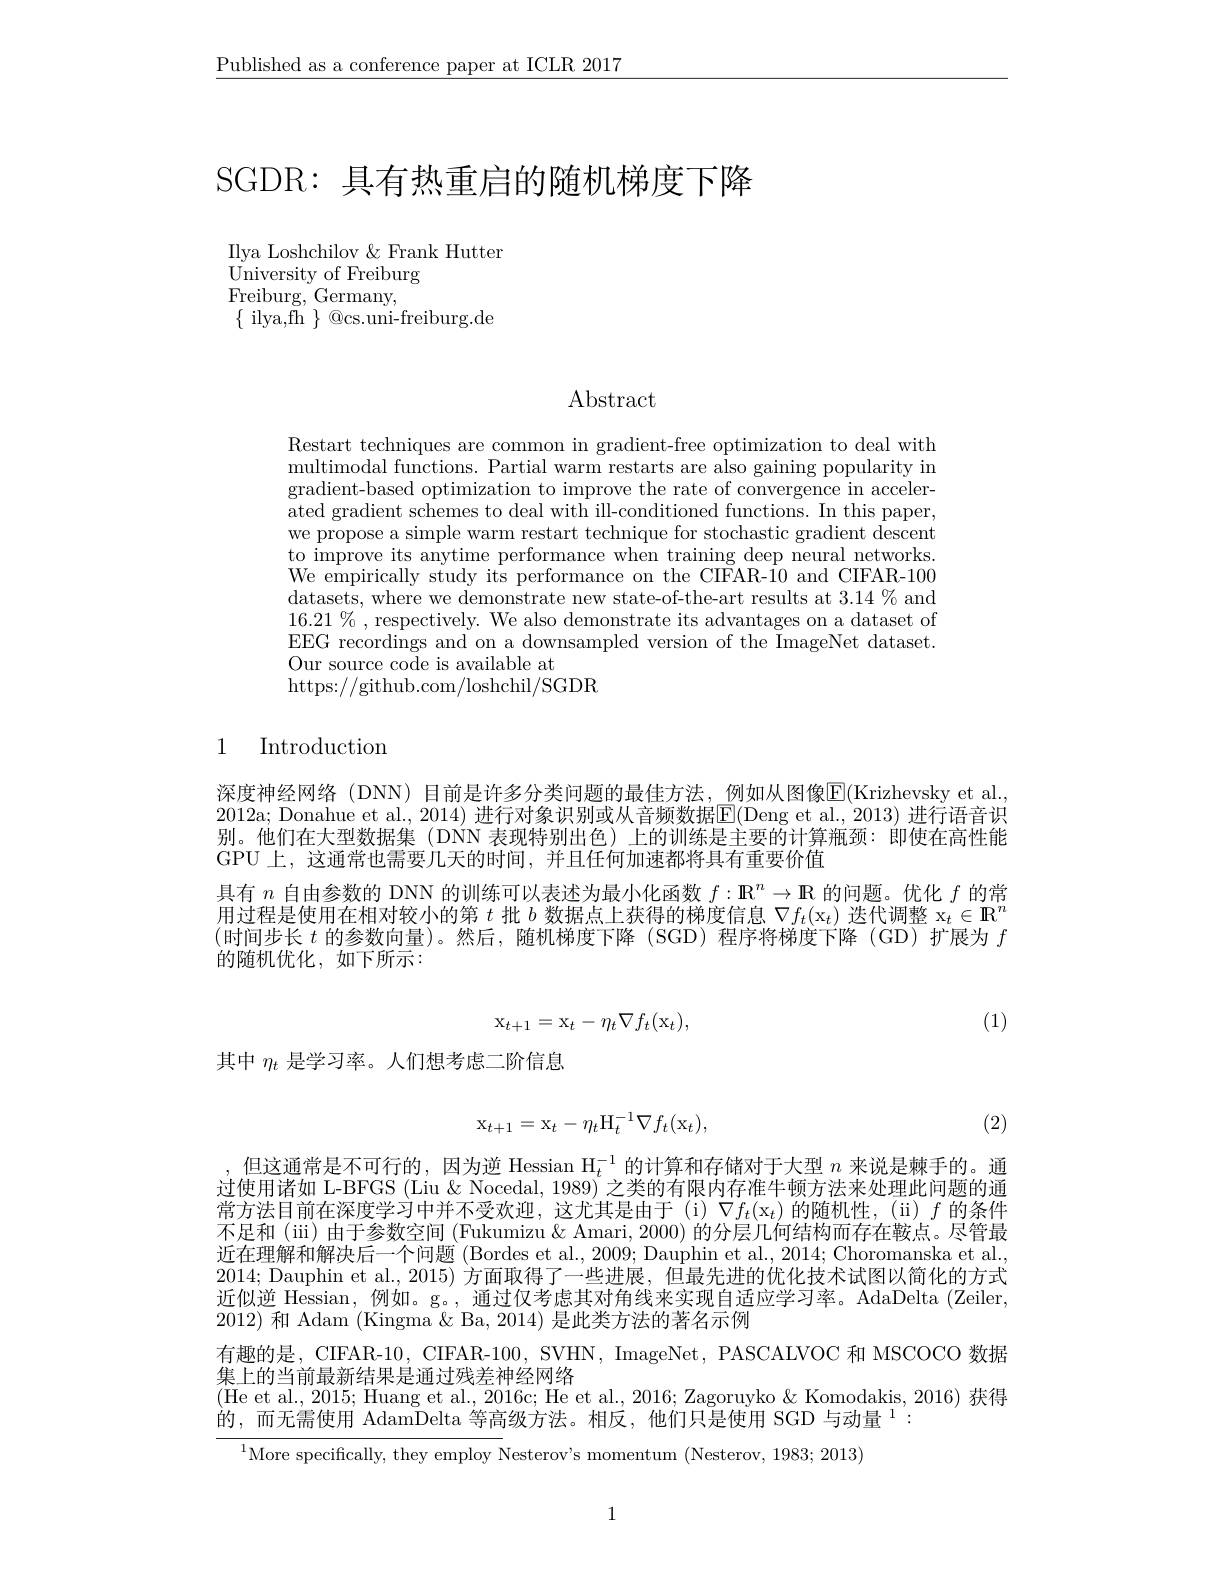
$\underline{\text{Published as a conference paper at ICLR 2017}}$

# SGDR: 具有热重启的随机梯度下降

Ilya Loshchilov & Frank Hutter
$\begin{array}{l}{\mathrm{University~of~Freiburg}}\\{\mathrm{University~of~Freiburg}}\\{\mathrm{E~1~C~}}\end{array}$
Freiburg, Germany,
$\{$ ilya,fh $\}$ @cs.uni-freiburg.de

$\operatorname{Abstract}$

Restart techniques are common in gradient-free optimization to deal with $\operatorname*{multimodal~functions.~Partial~warm~restarts~are~also~gaining~popularity~in}$ gradient-based optimization to improve the rate of convergence in accelerated gradient schemes to deal with ill-conditioned functions. In this paper, we propose a simple warm restart technique for stochastic gradient descent to improve its anytime performance when training deep neural networks. We empirically study its performance on the CIFAR-$\hat{1}0$ and CIFAR-100 datasets, where we demonstrate new state-of-the-art results at 3.14 % and $16.21\%$,respectively. We also demonstrate its advantages on a dataset of EEG recordings and on a downsampled version of the ImageNet dataset. Our source code is available at
https://github.com/loshchil/SGDR

## 1 Introduction

深度神经网络 (DNN) 目前是许多分类问题的最佳方法，例如从图像E(Krizhevsky et al., 2012a; Donahue et al., 2014) 进行对象识别或从音频数据$\mathsf{E}($Deng et al., 2013) 进行语音识别。他们在大型数据集 (DNN 表现特别出色)上的训练是主要的计算瓶颈：即使在高性能GPU 上，这通常也需要几天的时间，并且任何加速都将具有重要价值
具有$n$自由参数的 DNN 的训练可以表述为最小化函数$f:\mathbf{R}^n\to\mathbf{R}$的问题。优化$f$的常用过程是使用在相对较小的第$t$批$b$数据点上获得的梯度信息$\nabla f_t(\mathrm{x}_t)$迭代调整$\mathrm{x}_t\in\mathbb{R}^n$ (时间步长$t$的参数向量)。然后，随机梯度下降(SGD)程序将梯度下降(GD)扩展为$f$ 的随机优化，如下所示：

(1)
$$\mathrm{x}_{t+1}=\mathrm{x}_t-\eta_t\nabla f_t(\mathrm{x}_t),$$
其中$\eta_t$是学习率。人们想考虑二阶信息
$$\mathrm{x}_{t+1}=\mathrm{x}_{t}-\eta_{t}\mathrm{H}_{t}^{-1}\nabla f_{t}(\mathrm{x}_{t}),$$
(2)

$\begin{aligned}\text{但这通常是不可行的，因为逆 Hessian H}_{t}^{-1}\text{ 的计算和存储对于大型 }n\text{ 来说是棘手的。通}\\\text{使用送加 I PECS G in k Noadol 1080)}\to\text{米的右阳中右准片 顿主沈 办 处理此问题的通}\end{aligned}$ 过使用诸如 L-BFGS (Liu & Nocedal, 1989) 之类的有限内存准牛顿方法来处理此问题的通常方法目前在深度学习中并不受欢迎，这尤其是由于(i)$\nabla f_t(\mathrm{x}_t)$的随机性，(ii)$f$ 的条件不足和(iii)由于参数空间 (Fukumizu& Amari, 2000) 的分层几何结构而存在鞍点。尽管最近在理解和解决后一个问题 (Bordes et al., 2009; Dauphin et al., 2014; Choromanska et al. 2014; Dauphin et al., 2015) 方面取得了一些进展，但最先进的优化技术试图以简化的方式近似逆 Hessian, 例如。g。, 通过仅考虑其对角线来实现自适应学习率。AdaDelta (Zeiler, 2012)和 Adam (Kingma $\&$ Ba, 2014) 是此类方法的著名示例
有趣的是，CIFAR-10, CIFAR-100, SVHN, ImageNet, PASCALVOC 和 MSCOCO 数据
集上的当前最新结果是通过残差神经网络
(He et al., 2015; Huang et al., 2016c; He et al., 2016; Zagoruyko $\&$ Komodakis, 2016) 获得
的，而无需使用 AdamDelta 等高级方法。相反，他们只是使用 SGD 与动量$^{1}:$

$^{1}$More specifically, they employ Nesterov's momentum (Nesterov, 1983; 2013)

1